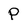
Character: P